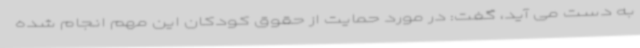
به دست می آید، گفت: در مورد حمایت از حقوق کودکان این مهم انجام شده